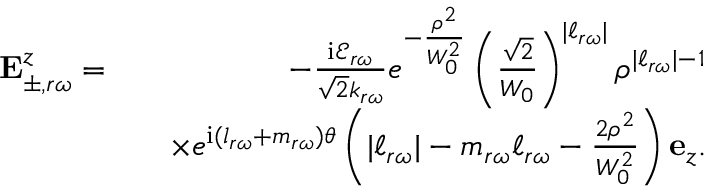
\begin{array} { r l r } { \mathbf { E } _ { \pm , r \omega } ^ { z } = } & { } & { - \frac { \mathrm { i } \mathcal { E } _ { r \omega } } { \sqrt { 2 } k _ { r \omega } } e ^ { - \frac { \rho ^ { 2 } } { W _ { 0 } ^ { 2 } } } \left( \frac { \sqrt { 2 } } { W _ { 0 } } \right) ^ { | \ell _ { r \omega } | } \rho ^ { | \ell _ { r \omega } | - 1 } } \\ & { } & { \times e ^ { \mathrm { i } ( l _ { r \omega } + m _ { r \omega } ) \theta } \left( | \ell _ { r \omega } | - m _ { r \omega } \ell _ { r \omega } - \frac { 2 \rho ^ { 2 } } { W _ { 0 } ^ { 2 } } \right) \mathbf { e } _ { z } . } \end{array}